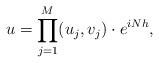
\begin{align*} u=\prod_{j=1}^M (u_j,v_j)\cdot e^{iNh}, \end{align*}